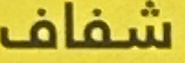
شفاف